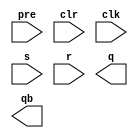
`timescale 1ns / 1ps
//////////////////////////////////////////////////////////////////////////////////
// Company: 
// Engineer: 
// 
// Design Name: 
// Module Name:    presetSR 
// Project Name: 
// Target Devices: 
// Tool versions: 
// Description: 
//
// Dependencies: 
//
// Revision: 
// Revision 0.01 - File Created
// Additional Comments: 
//
//////////////////////////////////////////////////////////////////////////////////
module presetSR(
    input pre,
    input clr,
    input clk,
    input s,
    input r,
    output q,
    output qb
    );


endmodule